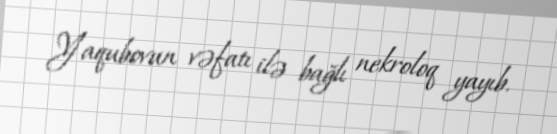
Yaqubovun vəfatı ilə bağlı nekroloq yayıb.